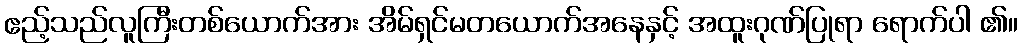
ဧည့်သည်လူကြီးတစ်ယောက်အား အိမ်ရှင်မတယောက်အနေနှင့် အထူးဂုဏ်ပြုရာ ရောက်ပါ ၏။